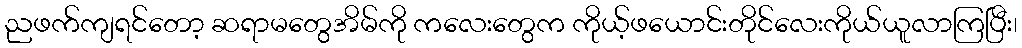
ညဖက်ကျရင်တော့ ဆရာမတွေအိမ်ကို ကလေးတွေက ကိုယ့်ဖယောင်းတိုင်လေးကိုယ်ယူလာကြပြီး၊